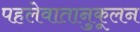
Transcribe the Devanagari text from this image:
पहलेवातानुकूलन